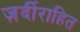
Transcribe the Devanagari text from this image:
ज़र्दीराहित